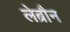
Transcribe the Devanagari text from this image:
लेब्रौन